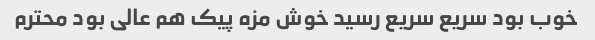
خوب بود سریع سریع رسید خوش مزه پیک هم عالی بود محترم